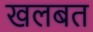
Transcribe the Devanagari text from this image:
खलबत